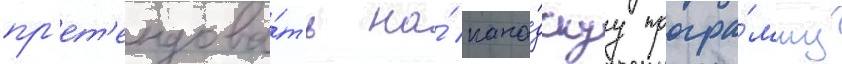
пр'ет'ендова́ть на́ кана́дскуу програ́мму